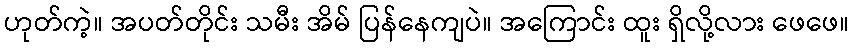
ဟုတ်ကဲ့။ အပတ်တိုင်း သမီး အိမ် ပြန်နေကျပဲ။ အကြောင်း ထူး ရှိလို့လား ဖေဖေ။